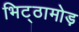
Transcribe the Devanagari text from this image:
भिट्ठामोड़